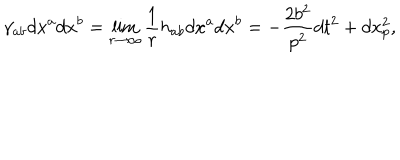
LaTeX: \gamma _ { a b } d x ^ { a } d x ^ { b } = \lim _ { r \to \infty } \frac { 1 } { r } h _ { a b } d x ^ { a } d x ^ { b } = - \frac { 2 b ^ { 2 } } { p ^ { 2 } } d t ^ { 2 } + d x _ { p } ^ { 2 } ,